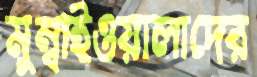
মুম্বাইওয়ালাদের